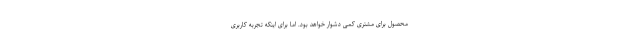
محصول برای مشتری کمی دشوار خواهد بود. اما برای اینکه تجربه کاربری